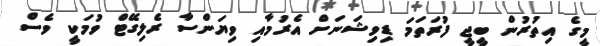
މީގެ އިތުރުން ބީޖީ ފުރަތަމަ ޑިވިޝަނަށް އެރުމާއި ވިޔަންސާ ރެލިގޭޓް ވުމަކީ ވެސް